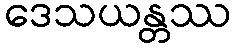
ဒေသယန္တဿ